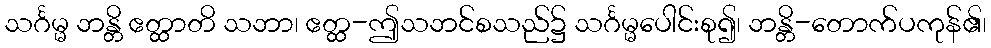
သင်္ဂမ္မ ဘန္တိ ဧတ္ထာတိ သဘာ၊ ဧတ္ထ-ဤသဘင်စသည်၌ သင်္ဂမ္မပေါင်းစု၍၊ ဘန္တိ-တောက်ပကုန်၏၊